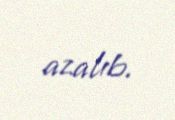
azalıb.